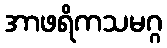
အာဖရိကသမဂ္ဂ